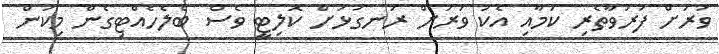
ވަރަށް ފަރުވާތެރި ކަމާއި އެކު ވަރަށް ރަނގަޅަށް ކޮލިޓީ ވެސް ބެލެހެއްޓިގެން މިކަން